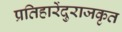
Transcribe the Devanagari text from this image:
प्रतिहारेंदुराजकृत